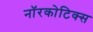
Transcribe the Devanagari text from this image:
नॉरकोटिक्स